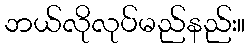
ဘယ်လိုလုပ်မည်နည်း။